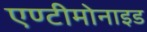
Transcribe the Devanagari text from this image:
एण्टीमोनाइड